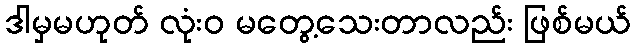
ဒါမှမဟုတ် လုံးဝ မတွေ့သေးတာလည်း ဖြစ်မယ်